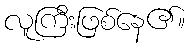
လူကြီးဖြစ်နေ၏။